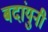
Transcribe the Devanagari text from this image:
बदांयुनी